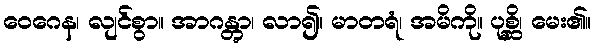
ဝေဂေန၊ လျင်စွာ။ အာဂန္တွာ၊ လာ၍။ မာတရံ၊ အမိကို။ ပုစ္ဆိ၊ မေး၏။